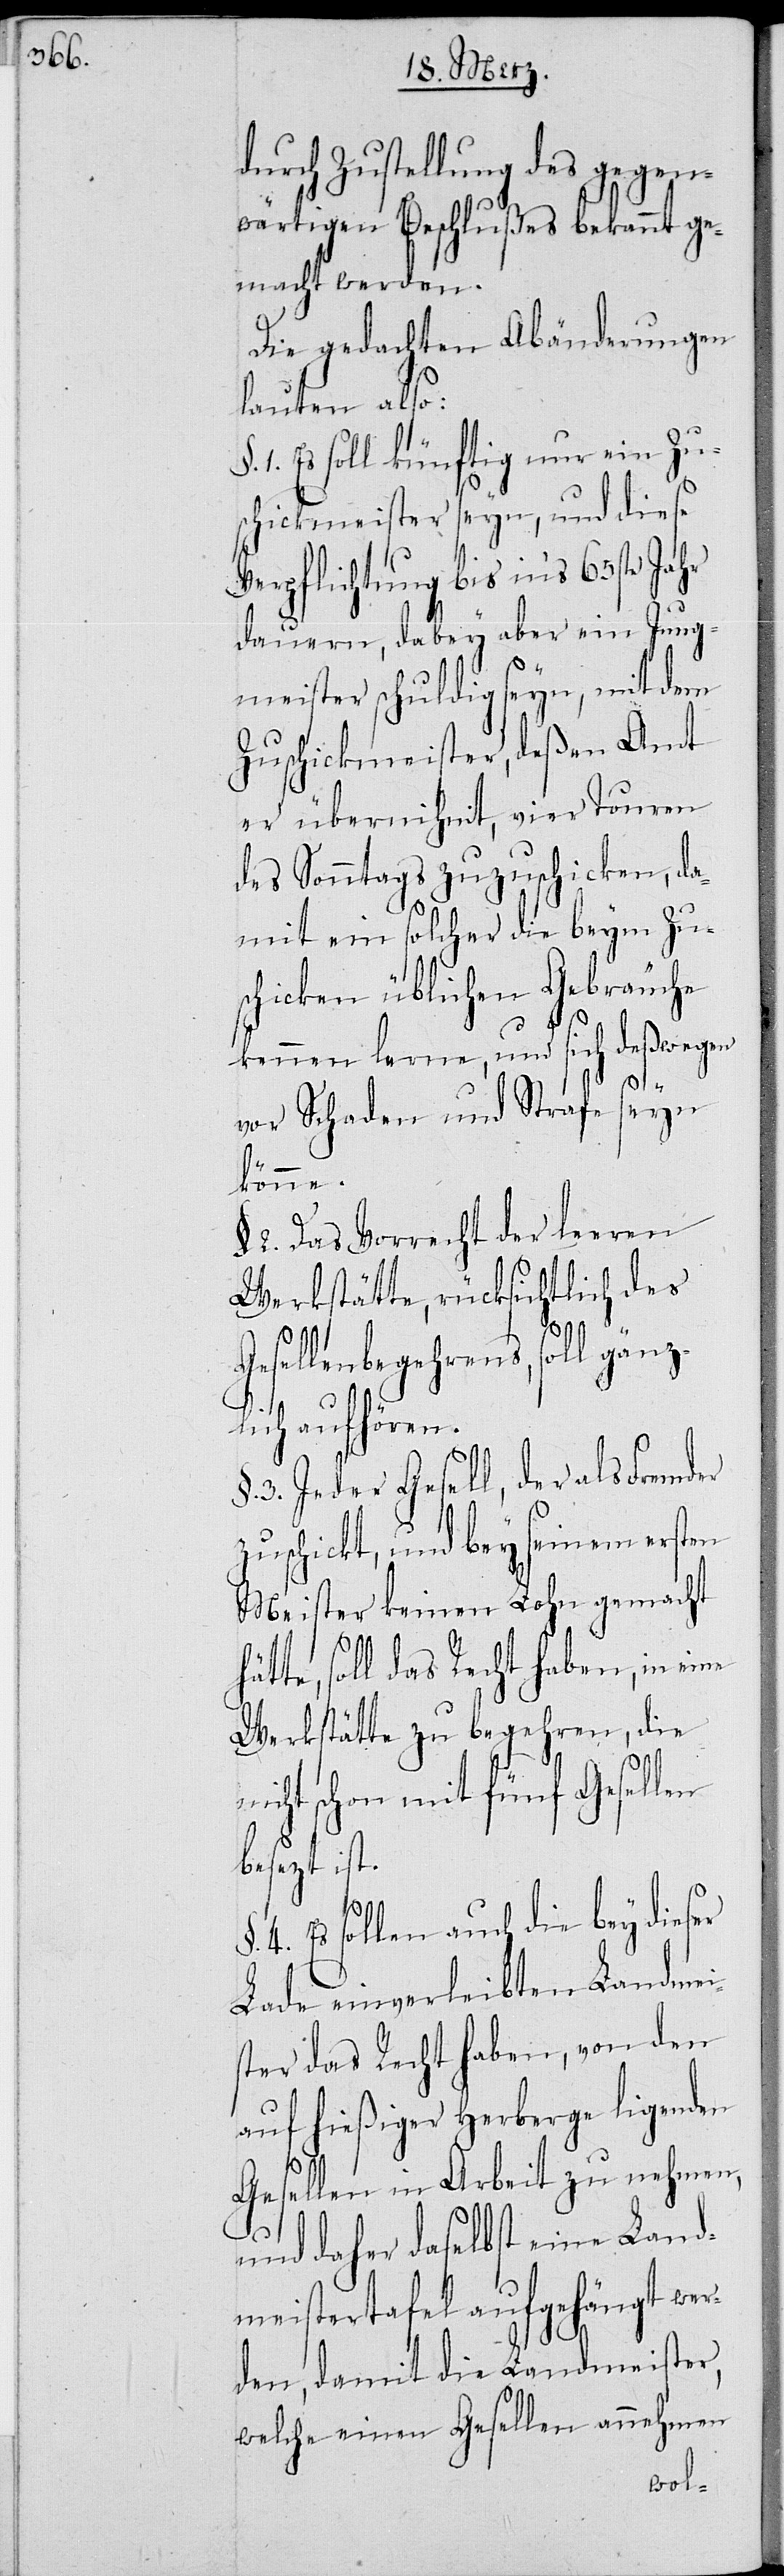
durch Zustellung des gegen¬
wärtigen Beschlußes bekannt ge¬
macht werden.
Die gedachten Abänderungen
lauten also:
1. Es soll zukünftig nur ein Zu¬
schickmeister seyn, und diese
Verpflichtung bis in‘s 65ste Jahr
dauern, dabey aber ein Jung¬
meister schuldig seyn, mit dem
Zuschickmeister, deßen Amt
er übernihmt, vier Touren
des Sonntags zuzuschicken, da¬
mit ein solcher die beym Zu¬
schicken üblichen Gebräuche
kennen lerne, und sich deßwegen
vor Schaden und Strafe seyn
hä¬
könne
§ 2. Das Vorrecht der leeren
Werkstätte, rücksichtlich des
Gesellenbegehrens, soll gänz¬
ich aufhören.
3. Jeder Gesell, der als Fremder
zuschickt, und bey seinem ersten
Meister keinen Lohn gemacht
tte, soll das Recht haben, in eine
Werkstätte zu begehren, die
nicht schon mit fünf Gesellen
besezt ist.
4. Es sollen auch die bey dieser
Lade einverleibten Landmei¬
ster das Recht haben, von den
auf hießiger Herberge ligenden
Gesellen in Arbeit zu nehmen,
und daher daselbst eine Land¬
meistertafel aufgehängt wer¬
den, damit die Landmeister,
welche einen Gesellen annehmen